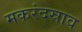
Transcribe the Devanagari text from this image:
मकरंदस्राव